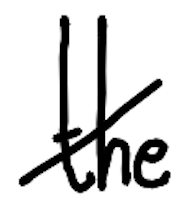
Text: the
Cross-out: diagonal
Writing tool: digital_black